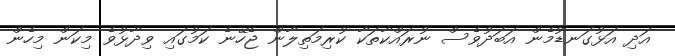
އަދި އަޅުގަނޑުމެން އަބަދުވެސް ނުރައްކާތަކާ ކުރިމަތިލާން ޖެހޭނެ ކަމުގައި ވިދާޅުވެ މިކަން މިހެން